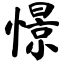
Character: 憬